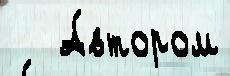
   А́втором